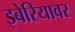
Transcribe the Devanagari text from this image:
इबेरियावर